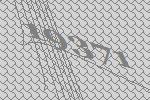
19371